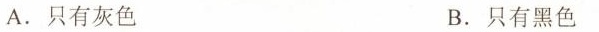
A.只有灰色 B.只有黑色